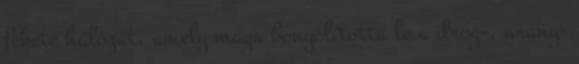
fekete hálózat, amely maga bonyolította le a drog-, arany-